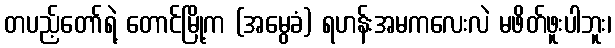
တပည့်တော်ရဲ့ တောင်မြို့က (အမွေခံ) ရဟန်းအမကလေးလဲ မဖိတ်ဖူးပါဘူး၊